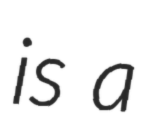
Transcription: is a